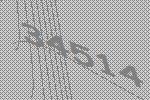
34514